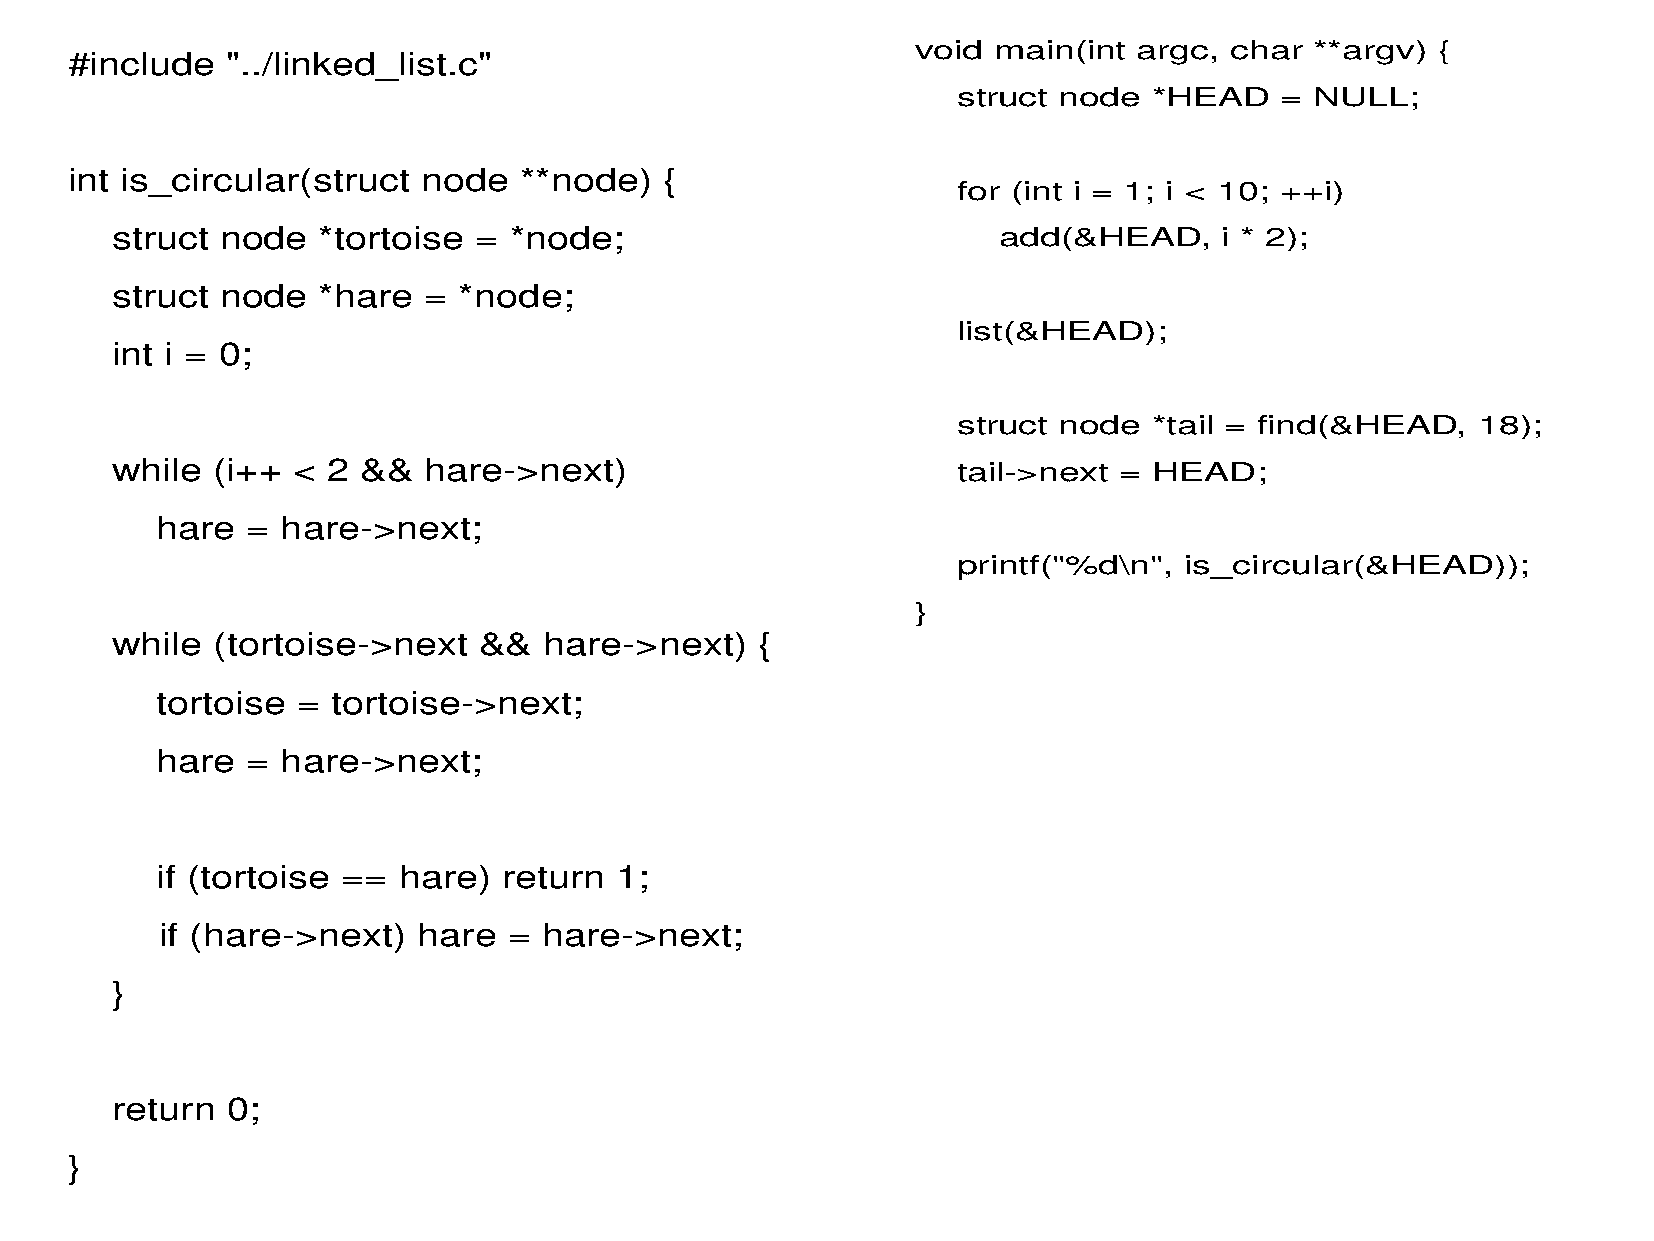
void main(int argc, char  **argv) {
 #include  "../linked_list.c"
 struct node  *HEAD    = NULL;
 int is_circular(struct node  **node)   {
 for (int i = 1; i < 10; ++i)
 struct  node  *tortoise =  *node;                          add(&HEAD,     i * 2);
 struct  node  *hare  = *node;
 list(&HEAD);
 int i = 0;
 struct node  *tail = find(&HEAD,   18);
 while  (i++ <  2 &&  hare->next)                        tail->next = HEAD;
 hare  =  hare->next;
 printf("%d\n", is_circular(&HEAD));
 }
 while  (tortoise->next   &&  hare->next)   {
 tortoise  = tortoise->next;
 hare  =  hare->next;
 if (tortoise == hare)  return  1;
 if (hare->next)   hare  = hare->next;
 }
 return  0;
 }